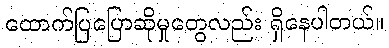
ထောက်ပြပြောဆိုမှုတွေလည်း ရှိနေပါတယ်။